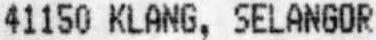
41150 KLANG, SELANGOR